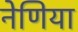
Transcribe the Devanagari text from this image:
नेणिया